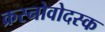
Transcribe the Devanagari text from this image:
क्रस्नोवोदस्क